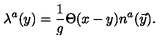
\lambda ^ { a } ( y ) = { \frac { 1 } { g } } \Theta ( x - y ) n ^ { a } ( \vec { y } ) .